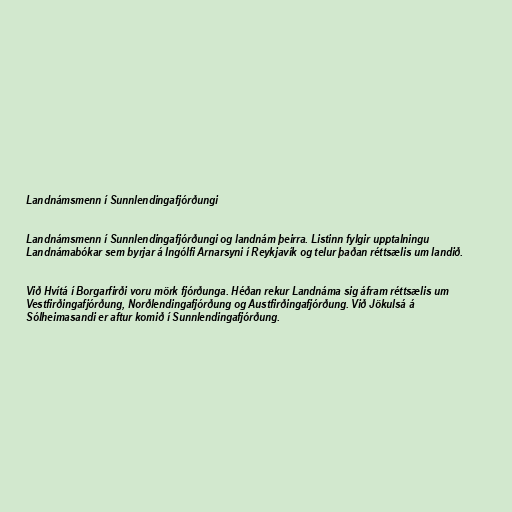
Landnámsmenn í Sunnlendingafjórðungi

Landnámsmenn í Sunnlendingafjórðungi og landnám þeirra. Listinn fylgir upptalningu
Landnámabókar sem byrjar á Ingólfi Arnarsyni í Reykjavík og telur þaðan réttsælis um landið.

Við Hvítá í Borgarfirði voru mörk fjórðunga. Héðan rekur Landnáma sig áfram réttsælis um
Vestfirðingafjórðung, Norðlendingafjórðung og Austfirðingafjórðung. Við Jökulsá á
Sólheimasandi er aftur komið í Sunnlendingafjórðung.